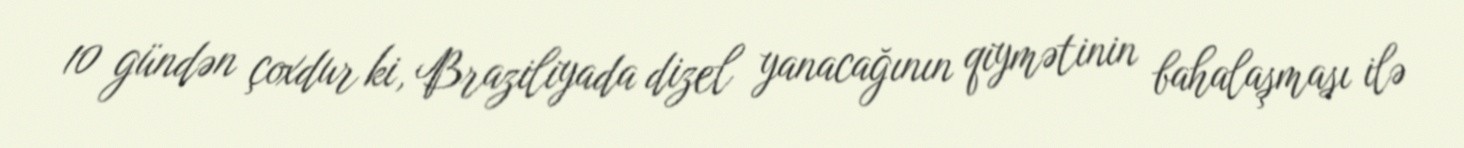
10 gündən çoxdur ki, Braziliyada dizel yanacağının qiymətinin bahalaşması ilə